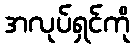
အလုပ်ရှင်ကို